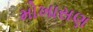
મોખાસણ